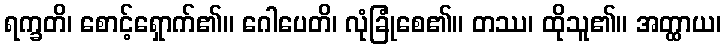
ရက္ခတိ၊ စောင့်ရှောက်၏။ ဂေါပေတိ၊ လုံခြုံစေ၏။ တဿ၊ ထိုသူ၏။ အတ္ထာယ၊